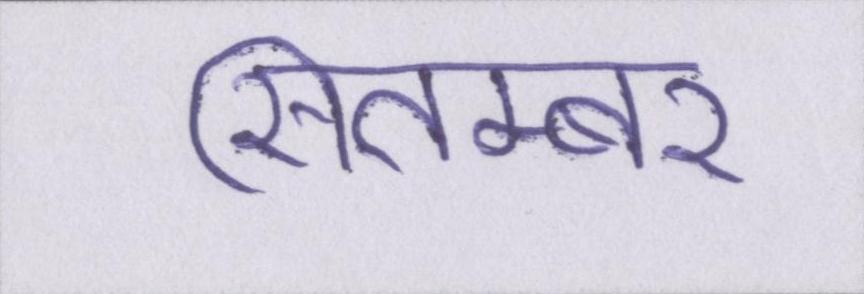
सितम्बर